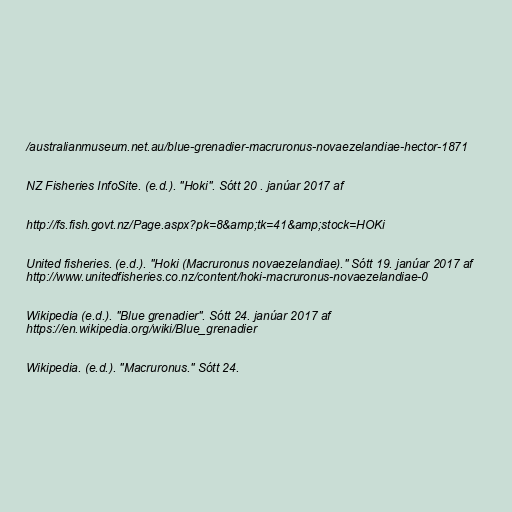
/australianmuseum.net.au/blue-grenadier-macruronus-novaezelandiae-hector-1871

NZ Fisheries InfoSite. (e.d.). "Hoki". Sótt 20 . janúar 2017 af

http://fs.fish.govt.nz/Page.aspx?pk=8&amp;tk=41&amp;stock=HOKi

United fisheries. (e.d.). "Hoki (Macruronus novaezelandiae)." Sótt 19. janúar 2017 af
http://www.unitedfisheries.co.nz/content/hoki-macruronus-novaezelandiae-0

Wikipedia (e.d.). "Blue grenadier". Sótt 24. janúar 2017 af
https://en.wikipedia.org/wiki/Blue_grenadier

Wikipedia. (e.d.). "Macruronus." Sótt 24.